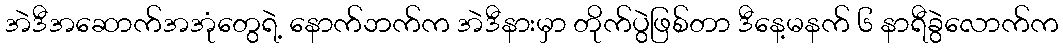
အဲဒီအဆောက်အအုံတွေရဲ့ နောက်ဘက်က အဲဒီနားမှာ တိုက်ပွဲဖြစ်တာ ဒီနေ့မနက် ၆ နာရီခွဲလောက်က